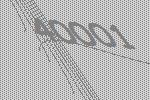
40001